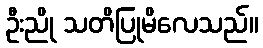
ဦးညို သတိပြုမိလေသည်။